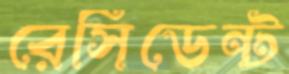
রেসিডেন্ট